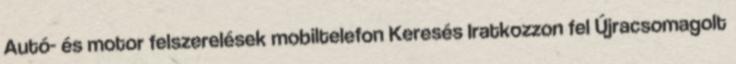
Autó- és motor felszerelések mobiltelefon Keresés Iratkozzon fel Újracsomagolt